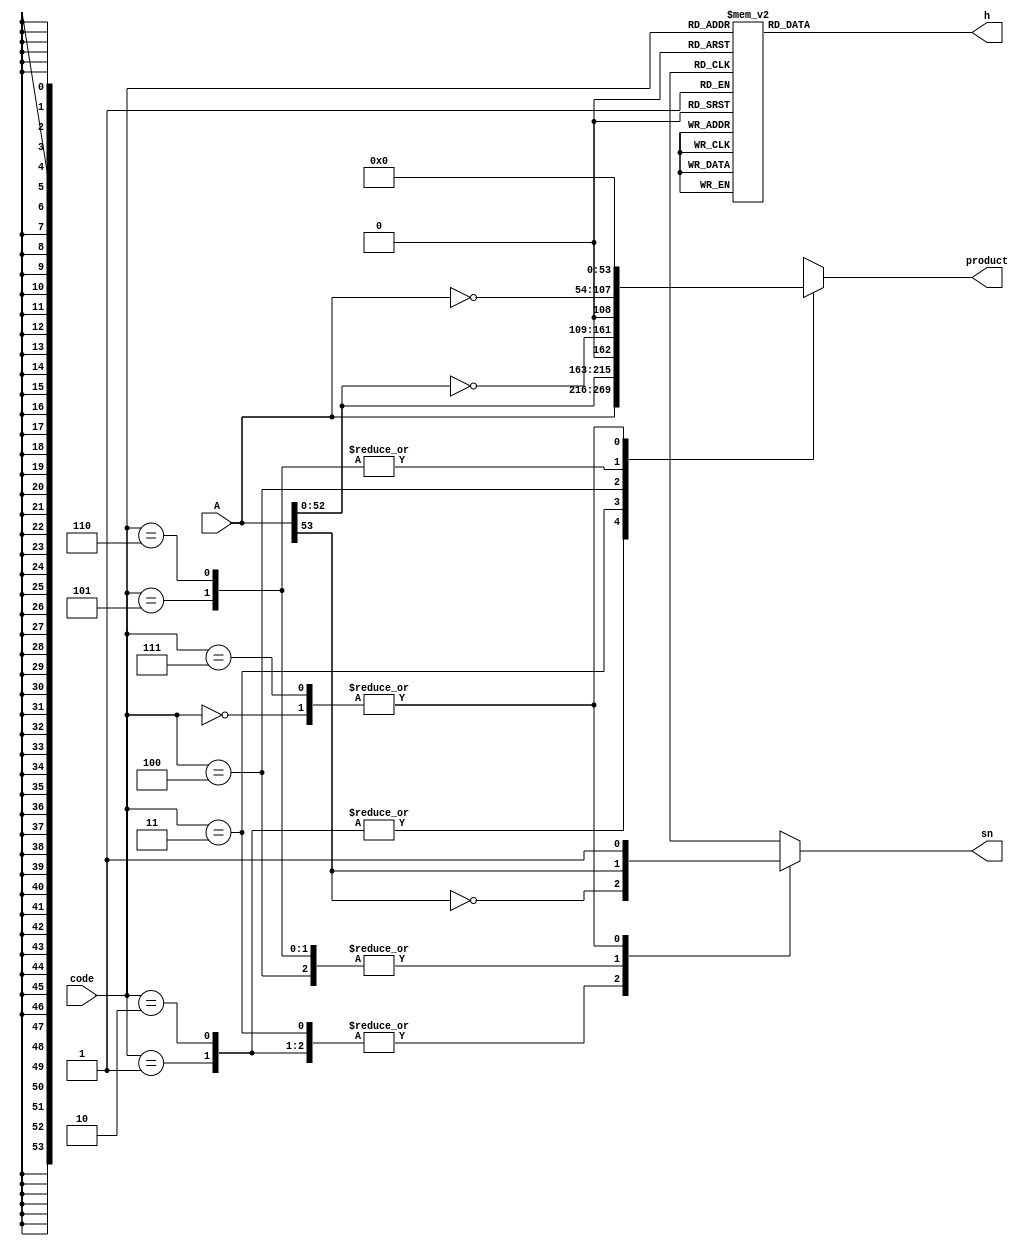
/*Copyright 2020-2021 T-Head Semiconductor Co., Ltd.

Licensed under the Apache License, Version 2.0 (the "License");
you may not use this file except in compliance with the License.
You may obtain a copy of the License at

    http://www.apache.org/licenses/LICENSE-2.0

Unless required by applicable law or agreed to in writing, software
distributed under the License is distributed on an "AS IS" BASIS,
WITHOUT WARRANTIES OR CONDITIONS OF ANY KIND, either express or implied.
See the License for the specific language governing permissions and
limitations under the License.
*/

// &ModuleBeg; @21
module booth_code_54_bit(
  A,
  code,
  h,
  product,
  sn
);

// &Ports; @22
input   [53:0]  A;      
input   [2 :0]  code;   
output  [1 :0]  h;      
output  [53:0]  product; 
output          sn;     

// &Regs; @23
reg     [1 :0]  h;      
reg     [53:0]  product; 
reg             sn;     

// &Wires; @24
wire    [53:0]  A;      
wire    [2 :0]  code;   


parameter SRC_WIDTH = 54;

// &CombBeg; @28
always @( code[2:0]
       or A[53:0])
begin
case(code[2:0])
3'b000 : product[SRC_WIDTH-1:0] =    {SRC_WIDTH{1'b0}};
3'b001 : product[SRC_WIDTH-1:0] =  {A[SRC_WIDTH-1:0]};
3'b010 : product[SRC_WIDTH-1:0] =  {A[SRC_WIDTH-1:0]};
3'b011 : product[SRC_WIDTH-1:0] =  {A[SRC_WIDTH-2:0],1'b0};
3'b100 : product[SRC_WIDTH-1:0] = {~A[SRC_WIDTH-2:0],1'b0};
3'b101 : product[SRC_WIDTH-1:0] = {~A[SRC_WIDTH-1:0]};
3'b110 : product[SRC_WIDTH-1:0] = {~A[SRC_WIDTH-1:0]};
3'b111 : product[SRC_WIDTH-1:0] =    {SRC_WIDTH{1'b0}};
default: product[SRC_WIDTH-1:0] =    {SRC_WIDTH{1'bx}};
endcase
// &CombEnd; @40
end

// &CombBeg; @42
always @( code[2:0]
       or A[53])
begin
case(code[2:0])
3'b000 : sn =  1'b1;
3'b001 : sn = ~A[SRC_WIDTH-1];
3'b010 : sn = ~A[SRC_WIDTH-1];
3'b011 : sn = ~A[SRC_WIDTH-1];
3'b100 : sn =  A[SRC_WIDTH-1];
3'b101 : sn =  A[SRC_WIDTH-1];
3'b110 : sn =  A[SRC_WIDTH-1];
3'b111 : sn =  1'b1;
default: sn =  1'bx;
endcase
// &CombEnd; @54
end

// &CombBeg; @56
always @( code[2:0])
begin
case(code[2:0])
3'b000 : h[1:0] = 2'b00;
3'b001 : h[1:0] = 2'b00;
3'b010 : h[1:0] = 2'b00;
3'b011 : h[1:0] = 2'b00;
3'b100 : h[1:0] = 2'b10;
3'b101 : h[1:0] = 2'b01;
3'b110 : h[1:0] = 2'b01;
3'b111 : h[1:0] = 2'b00;
default: h[1:0] = {2{1'bx}};
endcase
// &CombEnd; @68
end

// &ModuleEnd; @70
endmodule